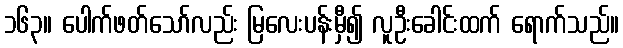
၁၆၃။ ပေါက်ဖတ်သော်လည်း မြလေးပန်းမှီ၍ လူဦးခေါင်းထက် ရောက်သည်။